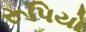
રૂપિયો